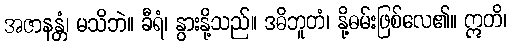
အဇာနန္တံ၊ မသိဘဲ။ ခီရံ၊ နွားနို့သည်။ ဒဓိဘူတံ၊ နို့ဓမ်းဖြစ်လေ၏။ ဣတိ၊